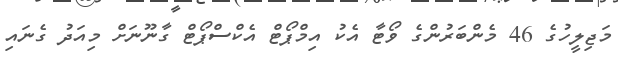
މަޖިލީހުގެ 46 މެންބަރުންގެ ވޯޓާ އެކު އިމްޕޯޓް އެކްސްޕޯޓް ގާނޫނަށް މިއަދު ގެނައި